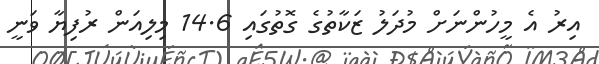
އިރު އެ މީހުންނަށް މުދަލު ޒަކާތުގެ ގޮތުގައި 14.6 މިލިއަން ރުފިޔާ ވަނީ